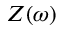
Z ( \omega )